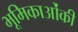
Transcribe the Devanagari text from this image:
भूमिकाओंकी